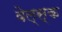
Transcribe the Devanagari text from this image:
वेल्स्क